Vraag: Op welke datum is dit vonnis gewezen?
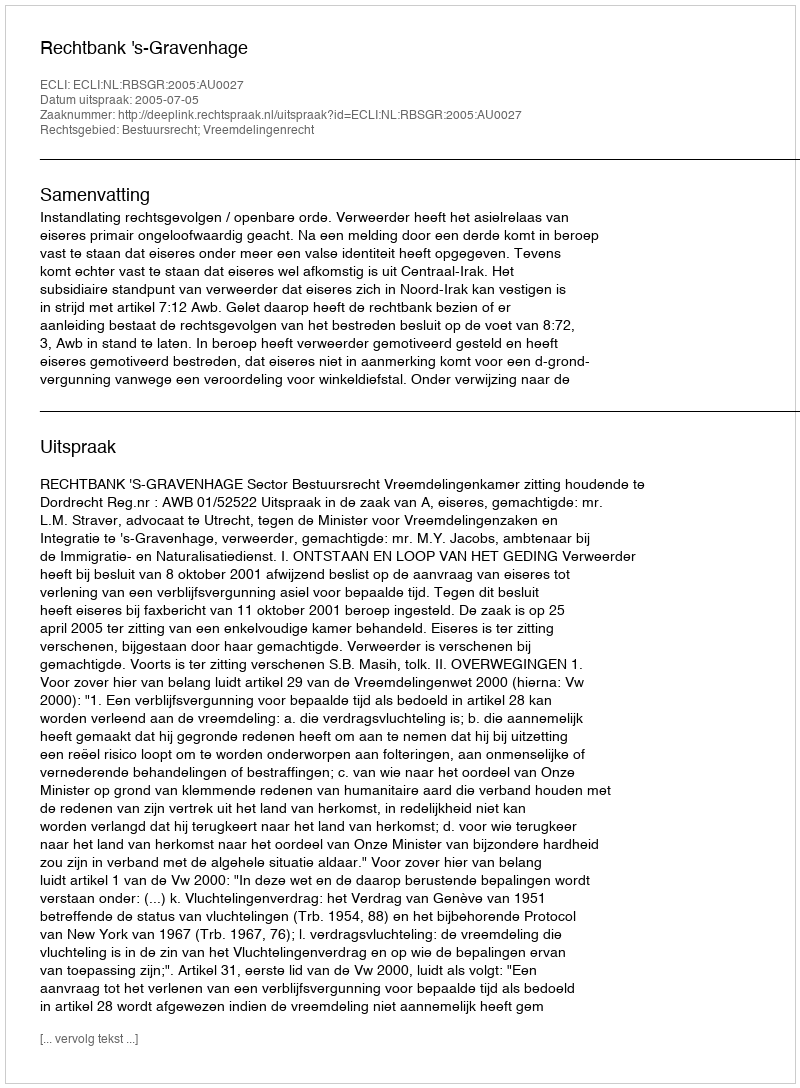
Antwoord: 2005-07-05